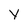
Character: y